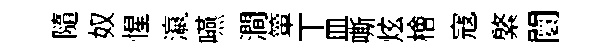
隨奴惺瀛嚥澗簞丅皿嘶炫檜寇綮闤